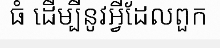
ធំ ដើម្បីនូវអ្វីដែលពួក